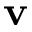
{ \bf v }